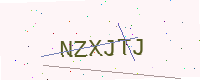
Text: NZXJTJ